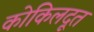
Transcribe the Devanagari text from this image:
कोकिलदूत